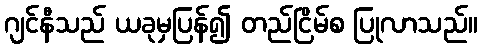
ဂျင်နီသည် ယခုမှပြန်၍ တည်ငြိမ်စ ပြုလာသည်။